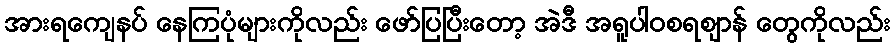
အားရကျေနပ် နေကြပုံများကိုလည်း ဖော်ပြပြီးတော့ အဲဒီ အရူပါဝစရဈာန် တွေကိုလည်း